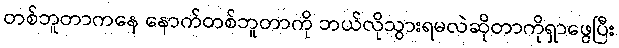
တစ်ဘူတာကနေ နောက်တစ်ဘူတာကို ဘယ်လိုသွားရမလဲဆိုတာကိုရှာဖွေပြီး